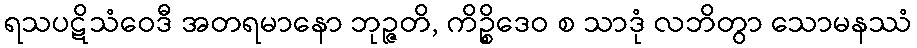
ရသပဋိသံဝေဒီ အတရမာနော ဘုဉ္ဇတိ, ကိဉ္စိဒေဝ စ သာဒုံ လဘိတွာ သောမနဿံ